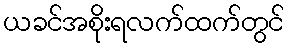
ယခင်အစိုးရလက်ထက်တွင်